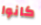
كانوا